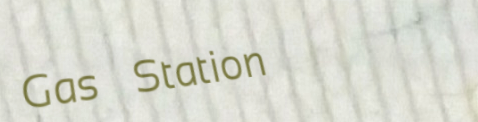
Gas Station